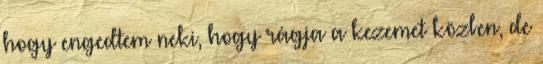
hogy engedtem neki, hogy rágja a kezemet közben, de